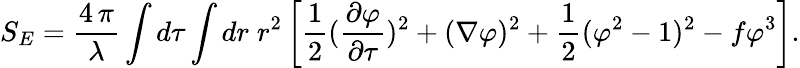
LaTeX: S_{E}={\frac{4\, \pi}{\lambda}}\int d\tau\int dr\; r^{2}\left[{\frac{1}{2}}{({\frac{\partial\varphi}{\partial\tau}})^{2}+(\nabla\varphi)^{2}}+{\frac{1}{2}}(\varphi^{2}-1)^{2}-f\varphi^{3}\right].